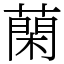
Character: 䔵